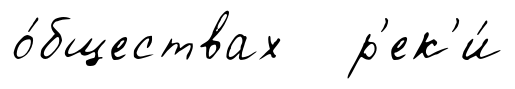
о́бществах р'ек'и́